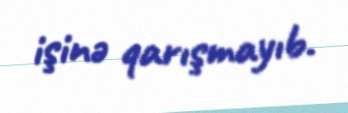
işinə qarışmayıb.